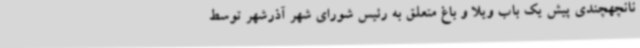
نانچهچندی پیش یک باب ویلا و باغ متعلق به رئیس شورای شهر آذرشهر توسط